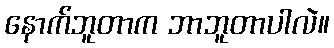
နောက်ဘူတာက ဘာဘူတာပါလဲ။